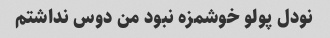
نودل پولو خوشمزه نبود من دوس نداشتم